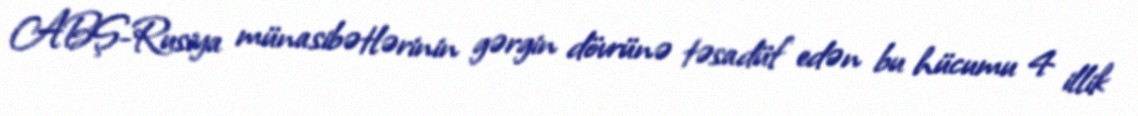
ABŞ-Rusiya münasibətlərinin gərgin dövrünə təsadüf edən bu hücumu 4 illik